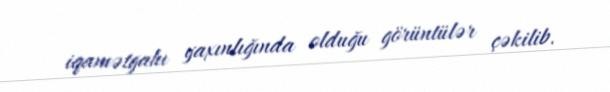
iqamətgahı yaxınlığında olduğu görüntülər çəkilib.